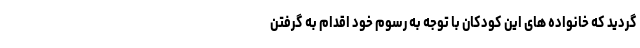
گردید که خانواده های این کودکان با توجه به رسوم خود اقدام به گرفتن